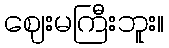
ဈေးမကြီးဘူး။